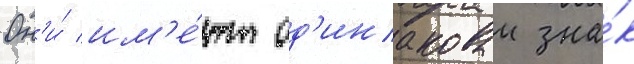
Он'и́ им'е́ют од'инаковыи зна́к